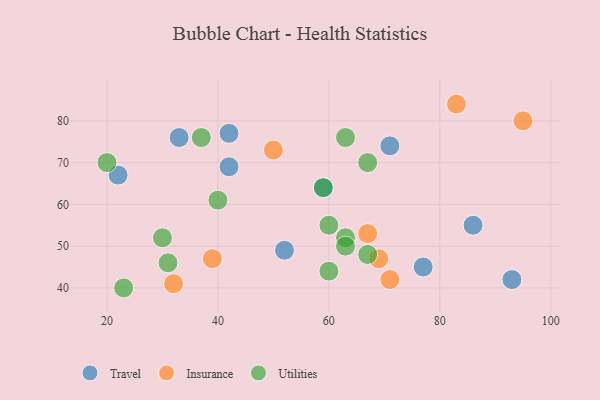
{"axis": {"x": "GDP", "y": "Life Expectancy"}, "legend": ["Insurance", "Travel", "Utilities"], "data": [{"x": "42", "y": 77, "type": "Travel"}, {"x": "22", "y": 67, "type": "Travel"}, {"x": "33", "y": 76, "type": "Travel"}, {"x": "71", "y": 74, "type": "Travel"}, {"x": "59", "y": 64, "type": "Travel"}, {"x": "77", "y": 45, "type": "Travel"}, {"x": "52", "y": 49, "type": "Travel"}, {"x": "93", "y": 42, "type": "Travel"}, {"x": "42", "y": 69, "type": "Travel"}, {"x": "86", "y": 55, "type": "Travel"}, {"x": "39", "y": 47, "type": "Insurance"}, {"x": "67", "y": 53, "type": "Insurance"}, {"x": "32", "y": 41, "type": "Insurance"}, {"x": "71", "y": 42, "type": "Insurance"}, {"x": "83", "y": 84, "type": "Insurance"}, {"x": "50", "y": 73, "type": "Insurance"}, {"x": "95", "y": 80, "type": "Insurance"}, {"x": "69", "y": 47, "type": "Insurance"}, {"x": "63", "y": 76, "type": "Utilities"}, {"x": "60", "y": 55, "type": "Utilities"}, {"x": "31", "y": 46, "type": "Utilities"}, {"x": "37", "y": 76, "type": "Utilities"}, {"x": "20", "y": 70, "type": "Utilities"}, {"x": "67", "y": 48, "type": "Utilities"}, {"x": "40", "y": 61, "type": "Utilities"}, {"x": "63", "y": 52, "type": "Utilities"}, {"x": "67", "y": 70, "type": "Utilities"}, {"x": "30", "y": 52, "type": "Utilities"}, {"x": "63", "y": 50, "type": "Utilities"}, {"x": "59", "y": 64, "type": "Utilities"}, {"x": "60", "y": 44, "type": "Utilities"}, {"x": "23", "y": 40, "type": "Utilities"}]}